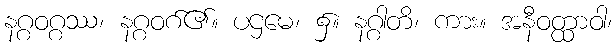
နဂ္ဂဝဂ္ဂဿ၊ နဂ္ဂဝဂ်၏။ ပဌမေ၊ ၌။ နဂ္ဂါတိ၊ ကား။ အနီဝတ္ထာဝါ၊